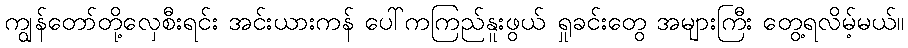
ကျွန်တော်တို့လှေစီးရင်း အင်းယားကန် ပေါ်ကကြည်နူးဖွယ် ရှုခင်းတွေ အများကြီး တွေ့ရလိမ့်မယ်။